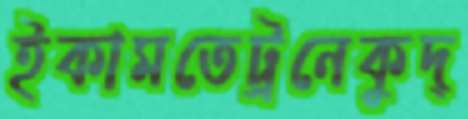
ইকামতেট্রনেকুদ্